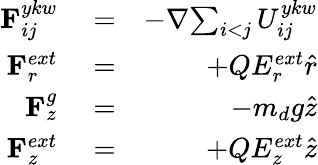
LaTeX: \begin{array}{rlr}{{{\mathbf{F}}_{ij}^{ykw}}}&{{}=}&{-{\nabla}{\sum_{\substack{i<j}}{{{U}}_{ij}^{ykw}}}}\\ {{{\mathbf{F}}_{r}^{ext}}}&{{}=}&{+{Q}{E_{r}^{ext}}{\hat{r}}}\\ {{{\mathbf{F}}_{z}^{g}}}&{{}=}&{-{{m_{d}}g{\hat{z}}}}\\ {{{\mathbf{F}}_{z}^{ext}}}&{{}=}&{+{Q}{E_{z}^{ext}}{\hat{z}}}\end{array}